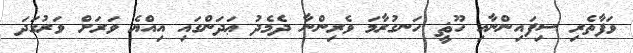
ވަފާތެރި ސިފައިންނާއި ހޫޘީ ހަނގުރާމަ ވެރިންނާ ދެމެދު ޢަދަންގައި އިއްޔެ ވަރަށް ވަރުގަދަ